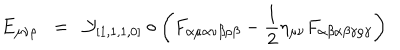
E _ { \mu \nu \rho } \; \; = \; \; { \cal { Y } } _ { [ 1 , 1 , 1 , 0 ] } \circ \left( F _ { \alpha \mu \alpha \nu \beta \rho \beta } - \frac { 1 } { 2 } \eta _ { \mu \nu } F _ { \alpha \beta \alpha \beta \gamma \rho \gamma } \right)